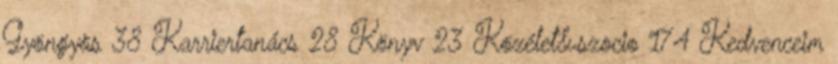
Gyöngyös 38 Karriertanács 28 Könyv 23 Közélet&szocio 174 Kedvenceim